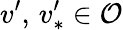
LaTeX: v^{\prime},\, v_{\ast}^{\prime}\in\mathcal{O}